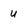
Character: U